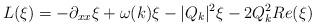
LaTeX: \begin{align*} L(\xi) = -\partial_{xx} \xi + \omega(k) \xi - |Q_k|^2\xi - 2Q^2_k Re(\xi) \end{align*}